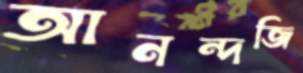
আনন্দজি